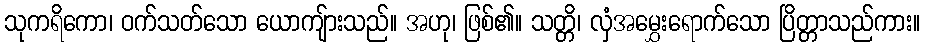
သုကရိကော၊ ဝက်သတ်သော ယောကျ်ားသည်။ အဟု၊ ဖြစ်၏။ သတ္တိ၊ လှံအမွှေးရောက်သော ပြိတ္တာသည်ကား။